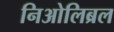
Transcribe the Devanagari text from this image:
निओलिब्रल